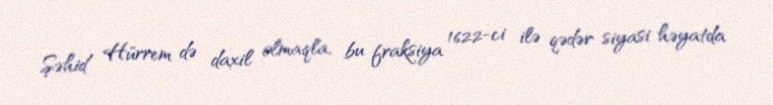
Şəhid Hürrem də daxil olmaqla, bu fraksiya 1622-ci ilə qədər siyasi həyatda